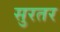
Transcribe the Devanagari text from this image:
सुरतर